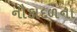
નૌકાદળના